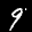
Label: 9